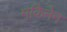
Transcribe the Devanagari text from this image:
मकिनेन